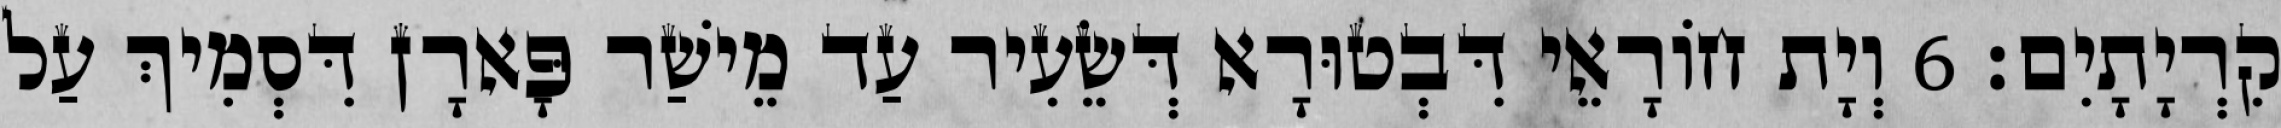
קִרְיָתָיִם׃ 6 וְיָת חוֹרָאֵי דִּבְטוּרָא דְּשֵׂעִיר עַד מֵישַׁר פָּארָן דִּסְמִיךְ עַל